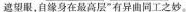
遮望眼，自缘身在最高层”有异曲同工之妙。